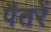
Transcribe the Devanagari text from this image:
पैतरें